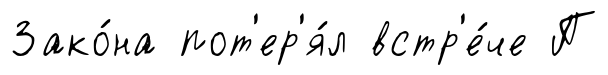
Зако́на пот'ер'я́л встр'е́че П